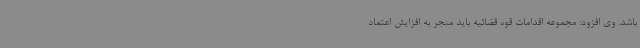
باشد. وی افزود: مجموعه اقدامات قوه قضائیه باید منجر به افزایش اعتماد